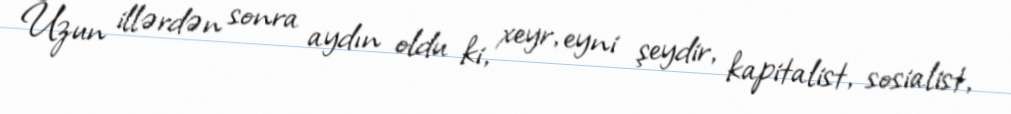
Uzun illərdən sonra aydın oldu ki, xeyr, eyni şeydir, kapitalist, sosialist,